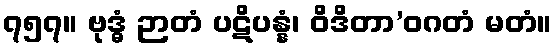
၇၅၇။ ဗုဒ္ဓံ ဉာတံ ပဋိပန္နံ၊ ဝိဒိတာ’ဝဂတံ မတံ။